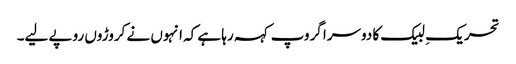
تحریکِ لبیک کا دوسرا گروپ کہہ رہا ہے کہ انہوں نے کروڑوں روپے لیے۔